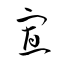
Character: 寡